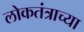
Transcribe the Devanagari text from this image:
लोकतंत्राच्या